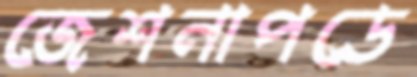
জেশনাপডে